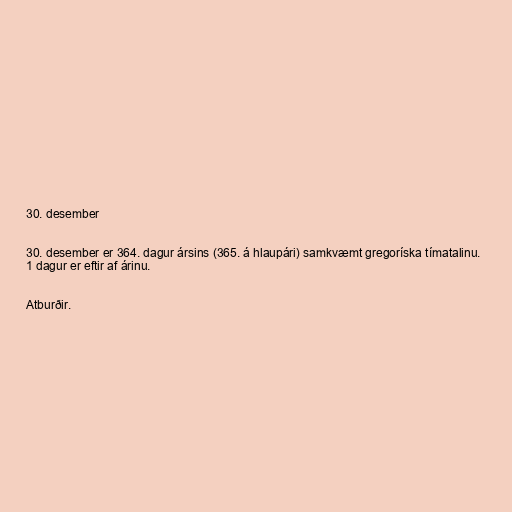
30. desember

30. desember er 364. dagur ársins (365. á hlaupári) samkvæmt gregoríska tímatalinu.
1 dagur er eftir af árinu.

Atburðir.